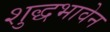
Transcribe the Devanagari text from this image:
शुद्धभावेन